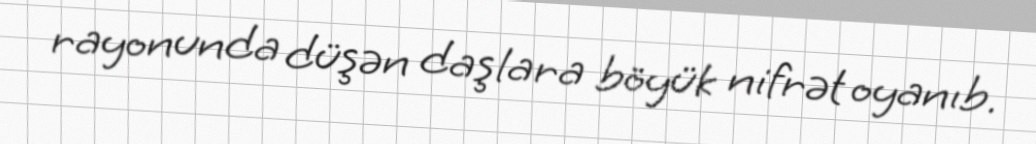
rayonunda düşən daşlara böyük nifrət oyanıb.